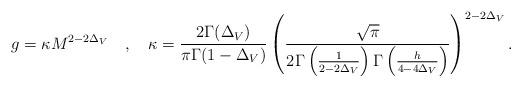
LaTeX: \begin{align*}g=\kappa M^{2-2\Delta _{V}}\quad ,\quad \kappa =\frac{2\Gamma (\Delta _{V})}{\pi \Gamma (1-\Delta _{V})}\left( \frac{\sqrt{\pi }}{2\Gamma \left( \frac{1}{2-2\Delta _{V}}\right) \Gamma \left( \frac{h}{4-4\Delta _{V}}\right) }\right) ^{2-2\Delta _{V}}.\end{align*}